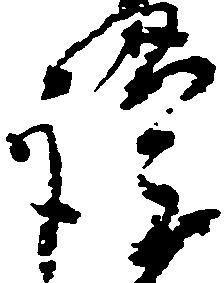
謹